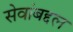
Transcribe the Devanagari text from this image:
सेवांबद्दल